Report of an investigation into the causes of the diseases known in Assam as Kála-Azár and Beri-Beri
Disease focus: Beri-Beri
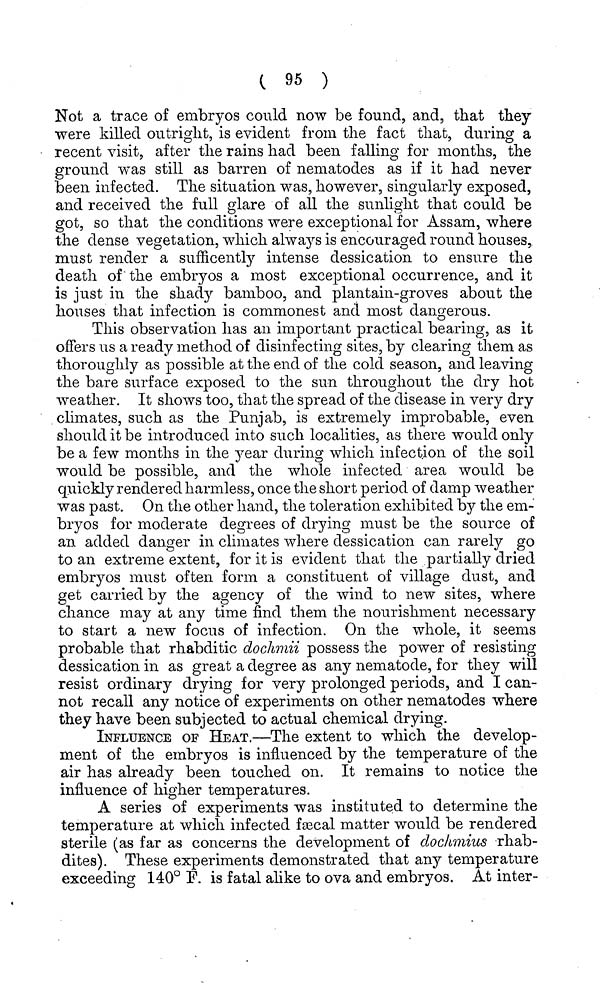
( 95 )
Not a trace of embryos could now be found, and, that they
were killed outright, is evident from the fact that, during a
recent visit, after the rains had been falling for months, the
ground was still as barren of nematodes as if it had never
been infected. The situation was, however, singularly exposed,
and received the full glare of all the sunlight that could be
got, so that the conditions were exceptional for Assam, where
the dense vegetation, which always is encouraged round houses,
must render a sufficently intense dessication to ensure the
death of the embryos a most exceptional occurrence, and it
is just in the shady bamboo, and plantain-groves about the
houses that infection is commonest and most dangerous.
This observation has an important practical bearing, as it
offers us a ready method of disinfecting sites, by clearing them as
thoroughly as possible at the end of the cold season, and leaving
the bare surface exposed to the sun throughout the dry hot
weather. It shows too, that the spread of the disease in very dry
climates, such as the Punjab, is extremely improbable, even
should it be introduced into such localities, as there would only
be a few months in the year during which infection of the soil
would be possible, and the whole infected area would be
quickly rendered harmless, once the short period of damp weather
was past. On the other hand, the toleration exhibited by the em-
bryos for moderate degrees of drying must be the source of
an added danger in climates where dessication can rarely go
to an extreme extent, for it is evident that the partially dried
embryos must often form a constituent of village dust, and
get carried by the agency of the wind to new sites, where
chance may at any time find them the nourishment necessary
to start a new focus of infection. On the whole, it seems
probable that rhabditic dochmii possess the power of resisting
dessication in as great a degree as any nematode, for they will
resist ordinary drying for very prolonged periods, and I can-
not recall any notice of experiments on other nematodes where
they have been subjected to actual chemical drying.
INFLUENCE OF HEAT.—The extent to which the develop-
ment of the embryos is influenced by the temperature of the
air has already been touched on. It remains to notice the
influence of higher temperatures.
A series of experiments was instituted to determine the
temperature at which infected faecal matter would be rendered
sterile (as far as concerns the development of doc/imius rhab-
dites). These experiments demonstrated that any temperature
exceeding 140° F. is fatal alike to ova and embryos. At inter-